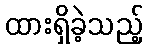
ထားရှိခဲ့သည့်